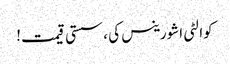
کوالٹی اشورینس کی ، سستی قیمت!